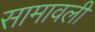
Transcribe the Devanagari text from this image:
सामावली